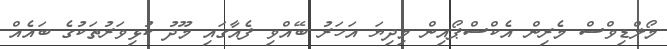
މޯލްޑިވްސް މެރިން އެކްސްޕޯއިން މިދިޔަ އަހަރު ބޭއްވި ފެއާގައި މޫދު ކުޅިވަރުތަކުގެ ބައެއް